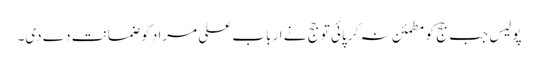
پولیس جب جج کو مطمئن نہ کر پائی تو جج نے ارباب علی مراد کو ضمانت دے دی۔